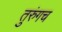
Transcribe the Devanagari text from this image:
तुरुंगच